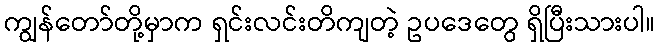
ကျွန်တော်တို့မှာက ရှင်းလင်းတိကျတဲ့ ဥပဒေတွေ ရှိပြီးသားပါ။